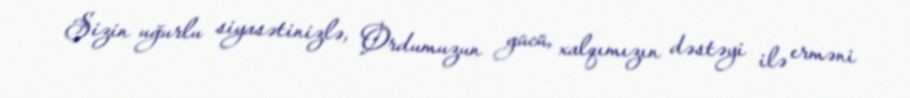
Sizin uğurlu siyasətinizlə, Ordumuzun gücü, xalqımızın dəstəyi ilə erməni